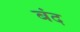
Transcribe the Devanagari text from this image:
बंद